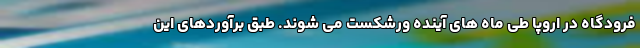
فرودگاه در اروپا طی ماه های آینده ورشکست می شوند. طبق برآوردهای این